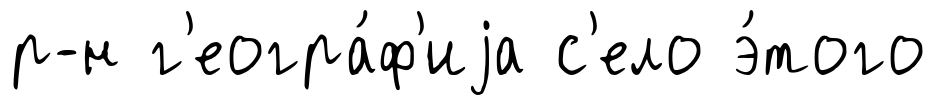
р-н г'еогра́ф'иjа с'ело э́того